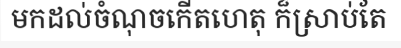
មកដល់ចំណុចកើតហេតុ ក៏ស្រាប់តែ